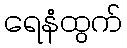
ရေနံထွက်